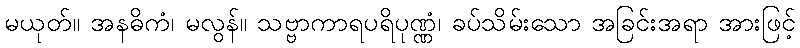
မယုတ်။ အနဓိကံ၊ မလွန်။ သဗ္ဗာကာရပရိပုဏ္ဏံ၊ ခပ်သိမ်းသော အခြင်းအရာ အားဖြင့်